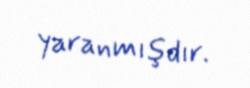
yaranmışdır.